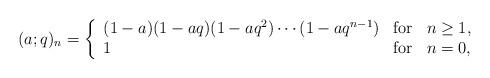
LaTeX: \begin{align*}(a;q)_n=\left\{ \begin{array}{lll} (1-a)(1-aq)(1-aq^2)\cdots(1-aq^{n-1})& \mbox{for} & n \ge 1, \\ 1 & \mbox{for} & n=0, \end{array}\right.\end{align*}